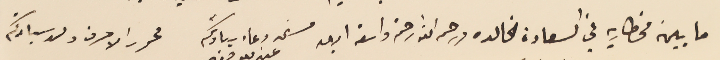
ما بين مخطاريه في السعادة الخالده ورحمه الله رحمة واسعة ابدىه مستمد دعاء سيادتكم محرر الاحرف ولد سيادتكم